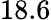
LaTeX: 18.6